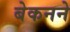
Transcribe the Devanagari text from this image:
बेकनने